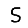
Digit: 5